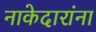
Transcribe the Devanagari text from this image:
नाकेदारांना